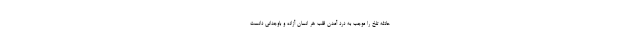
حادثه تلخ را موجب به درد آمدن قلب هر انسان آزاده و باوجدانی دانست